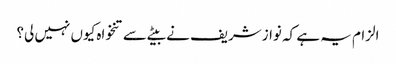
الزام یہ ہے کہ نوازشریف نے بیٹے سے تنخواہ کیوں نہیں لی؟